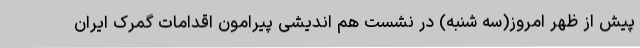
پیش از ظهر امروز(سه شنبه) در نشست هم اندیشی پیرامون اقدامات گمرک ایران